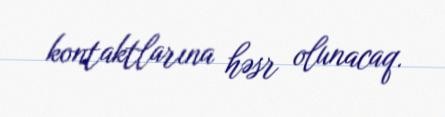
kontaktlarına həsr olunacaq.